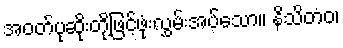
အဝတ်ပုဆိုးတို့ဖြင့်ဖုံးလွှမ်းအပ်သော။ နိသိတံဝ၊